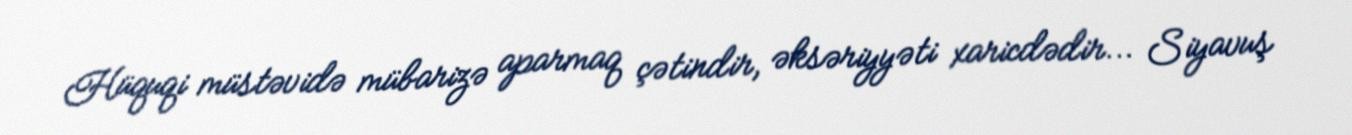
Hüquqi müstəvidə mübarizə aparmaq çətindir, əksəriyyəti xaricdədir... Siyavuş